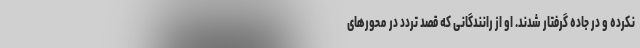
نکرده و در جاده گرفتار شدند. او از رانندگانی که قصد تردد در محور‌های